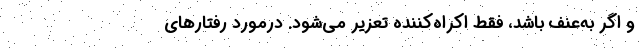
و اگر به‌عنف باشد، فقط اکراه‌کننده تعزیر می‌شود. درمورد رفتارهای